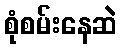
စုံစမ်းနေဆဲ